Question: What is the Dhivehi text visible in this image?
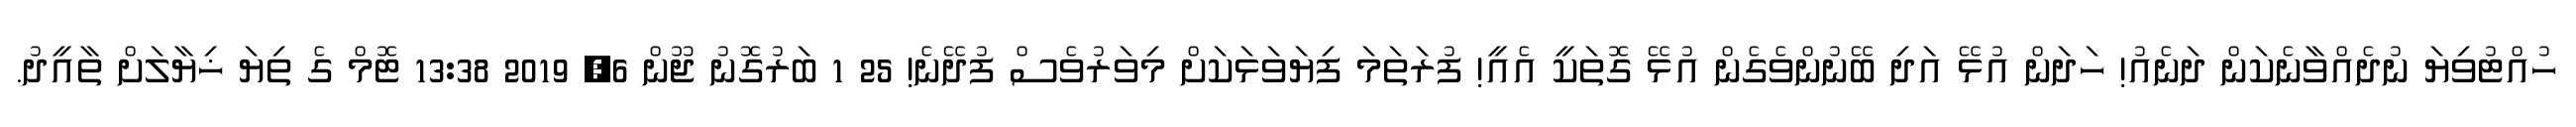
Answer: ހުއްޓުވިޔަ ނުދެއްވާނެކަން ދަނެއު! ހަދަން އުޅޭ އަދި ބޭނުންވެގެން އުޅޭ ގޮތަކީ އެއީ! ފުރަތަމަ ފިޔަވަޅަކަށް މިވަރުވެސް ފުދޭނެ! 25 1 ބަރުގޮނު ޖޫން 6, 2019 13:38 ޓޮމް ގެ ތިޔަ ޚިޔާލަށް ތާއީދު.